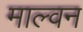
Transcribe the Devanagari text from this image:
माल्वन